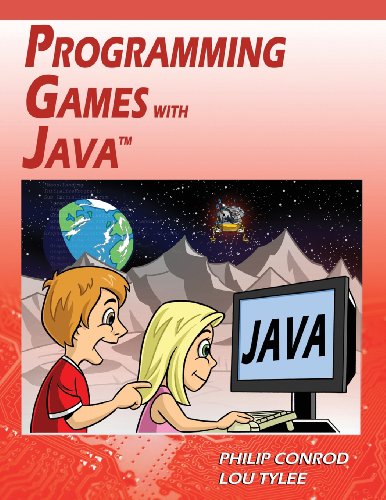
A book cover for Programming Games with Java; Philip Conrod; Children's Books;